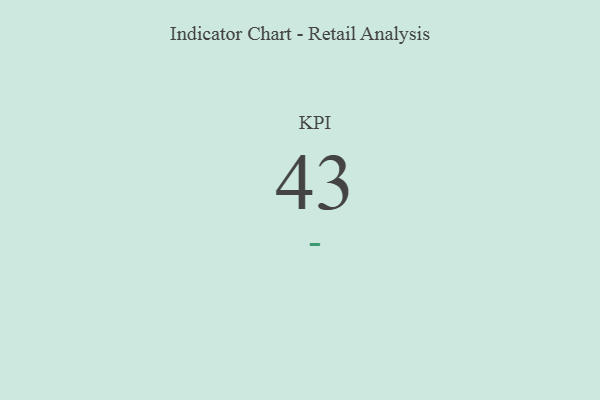
{"axis": {"x": "KPI", "y": "Value"}, "legend": [""], "data": [{"x": "KPI", "y": 43, "type": ""}]}